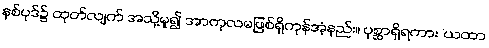
နှစ်ပုဒ်၌ ထုတ်လျက် အသို့မူ၍ အာကုလမဖြစ်ရှိကုန်အံ့နည်း။ ပုစ္ဆာရှိရကား ‘ယထာ